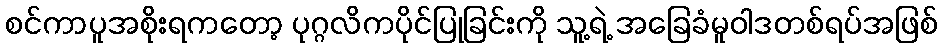
စင်ကာပူအစိုးရကတော့ ပုဂ္ဂလိကပိုင်ပြုခြင်းကို သူ့ရဲ့ အခြေခံမူဝါဒတစ်ရပ်အဖြစ်